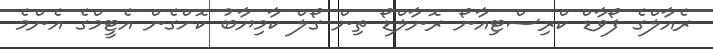
ރެއާލްގެ ފޯވާޑް ކްރިސްޓިއާނޯ ރޮނާލްޑޯ ތިން ގޯލް ކާމިޔާބު ކޮށްގެން އެޓީމްގެ އެންމެ